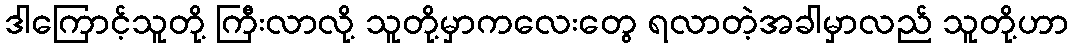
ဒါကြောင့်သူတို့ ကြီးလာလို့ သူတို့မှာကလေးတွေ ရလာတဲ့အခါမှာလည် သူတို့ဟာ